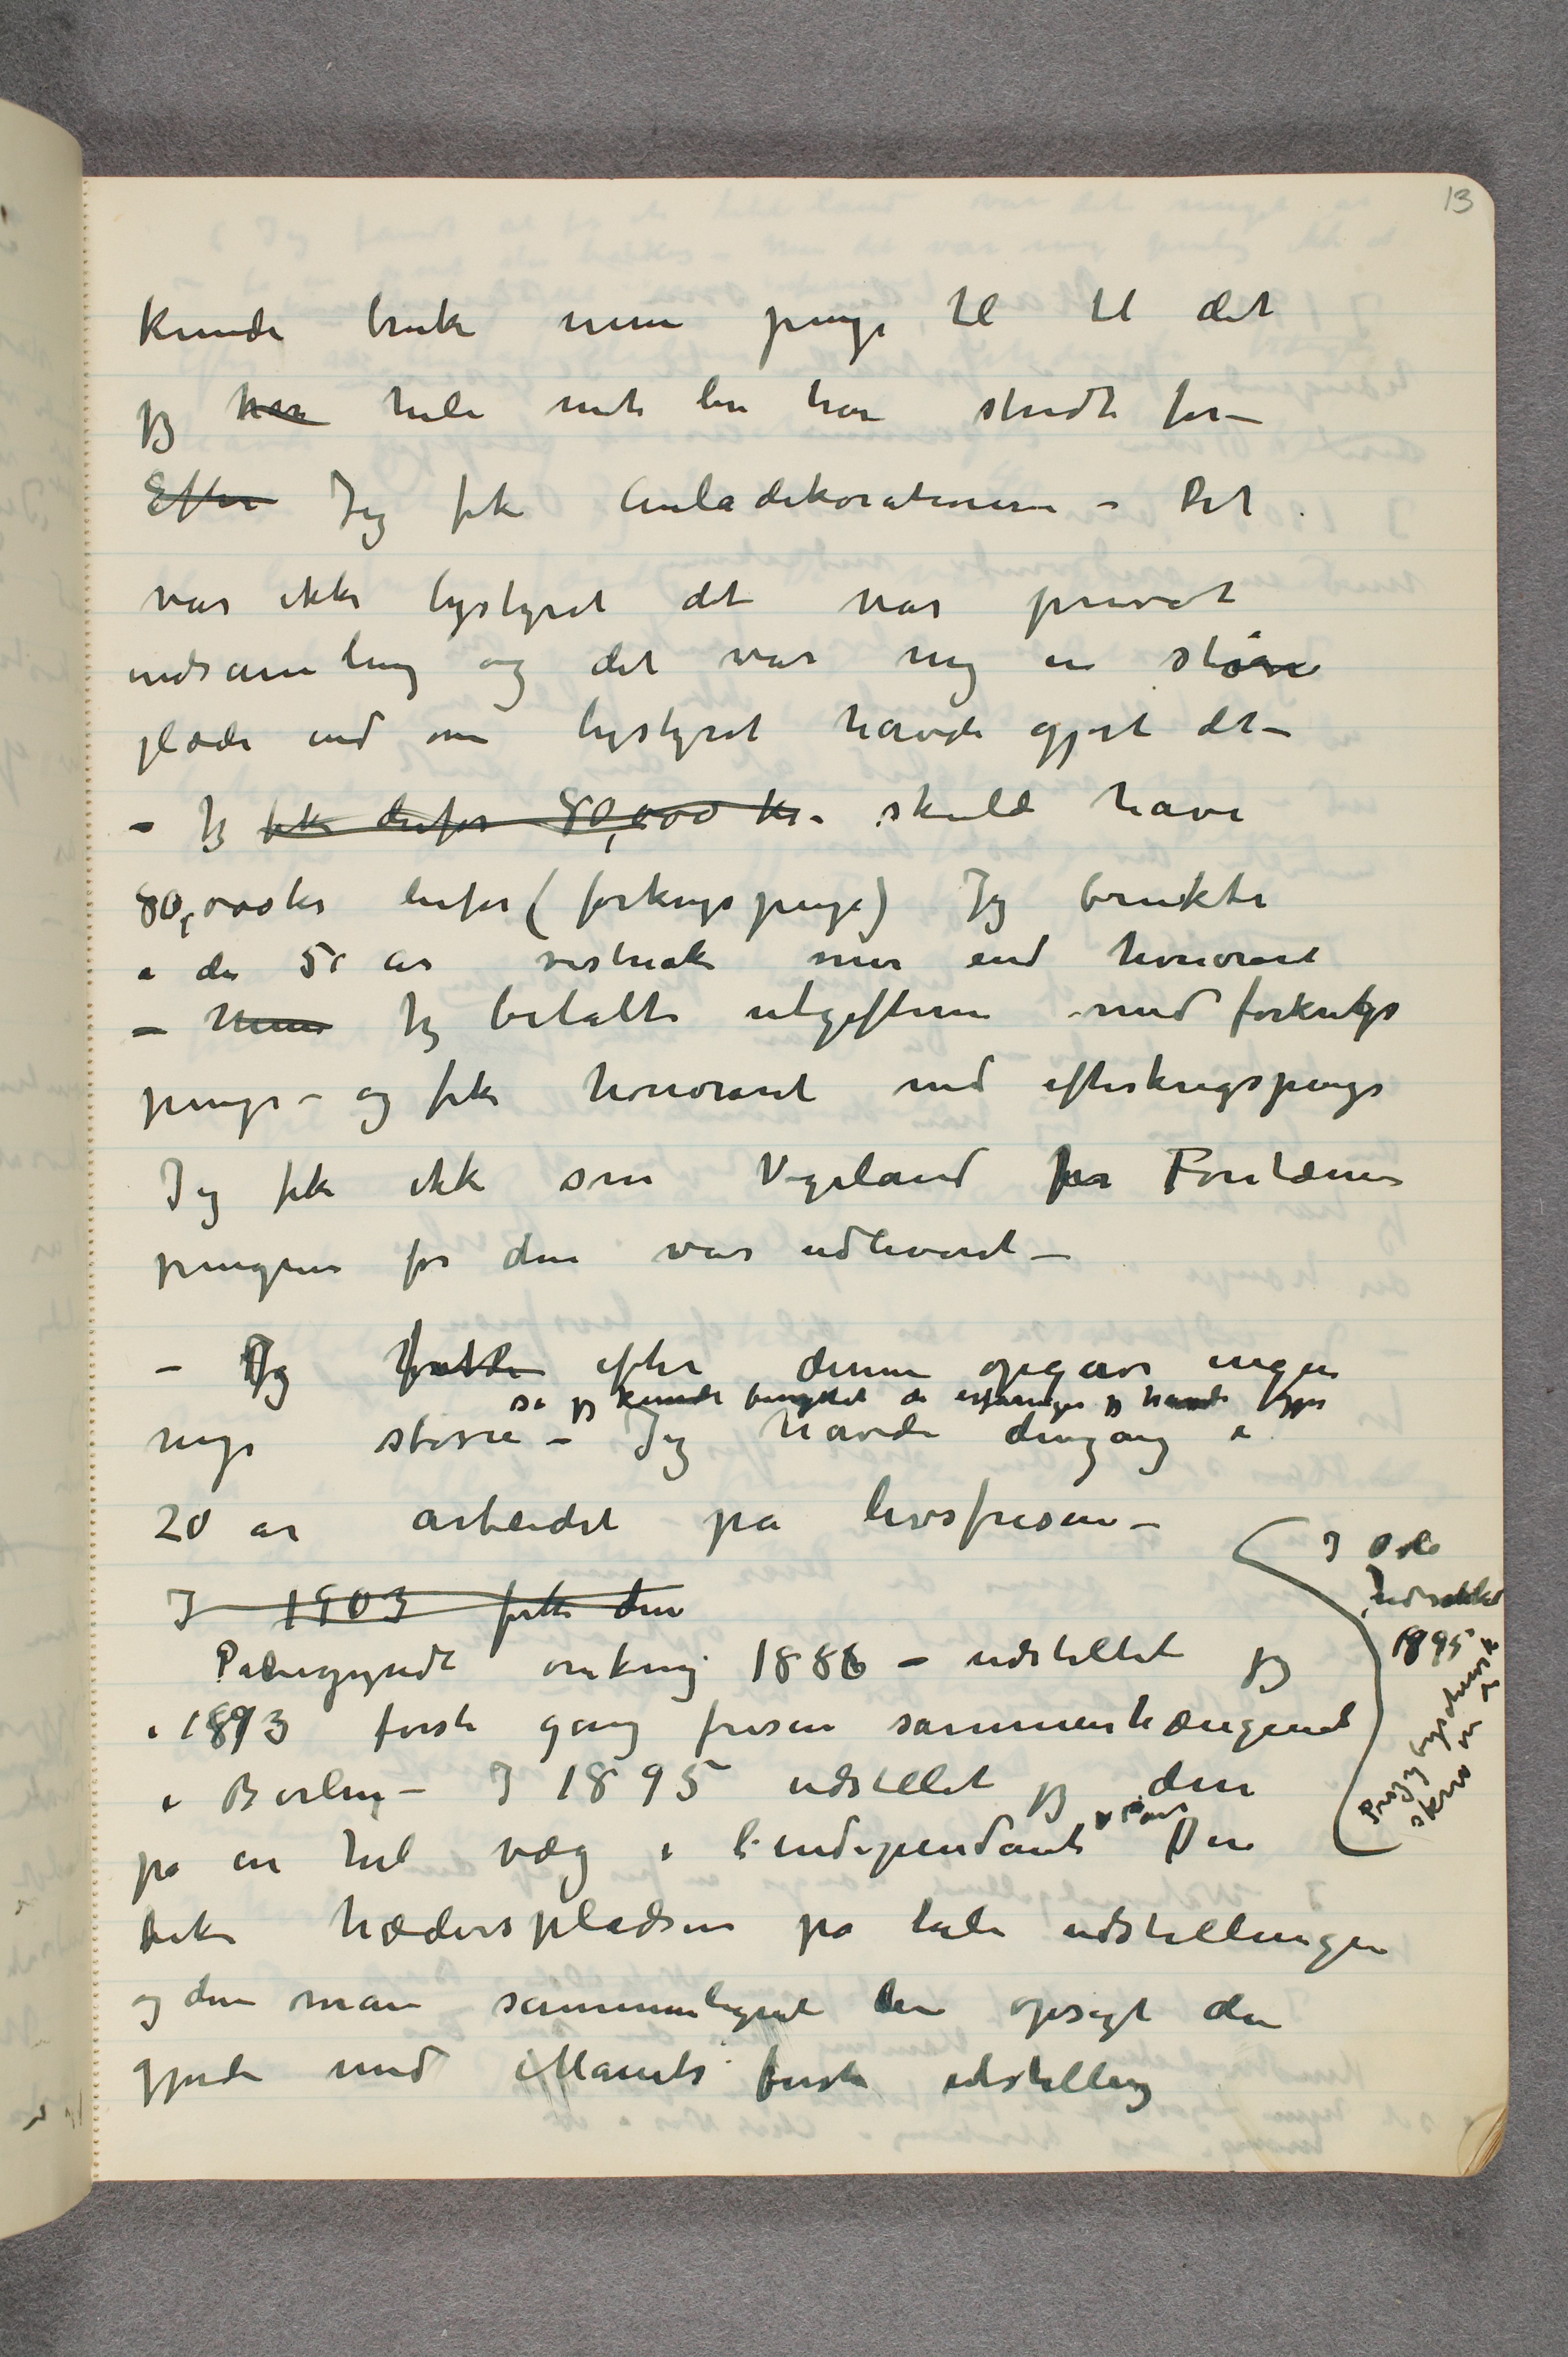
kunde bruke mine penge til til det
jeg har hele mit liv har stridt for –
Efter Jeg fik Auladekorationerne – Det
var ikke bystyret det var privat
indsamling og det var mig en større
glæde end om bystyret havde gjort det –
– Jeg fik derfor 80,000 kr. skulde have
80,000 kr herfor (førkrigspenge) Jeg brukte
i de 5 …  år vistnok mer end honoraret
– Men Jeg betalte utgifterne med førkrigs
penge – og fik honoraret med efterkrigspenge
Jeg fik ikke som Vigeland for Fontænen
pengene før den var udleveret –
– Jeg havdefik efter denne opgave ingen
nye større – så jeg kunde benyttet de erfaringer jeg havde gjort Jeg havde dengang i
20 år arbeidet på livsfrisen –
 I 1903 fik den
Påbegyndt omkring 1886 – udstillet jeg
i 1893 første gang frisen sammenhængende
i Berlin – I 1895 udstillet jeg den
på en hel væg i l’independant i Paris Den
fik hæderspladsen på hele udstillingen
og der man sammenlignet den opsigt den
gjorde med Manets første udstilling

I Oslo
udstillet
1895
Przybyschewski
skrev om den